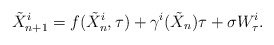
\begin{align*}\tilde X_{n+1}^i = f(\tilde X_n^i,\tau) + \gamma^i(\tilde X_n)\tau + \sigma W_\tau^i.\end{align*}